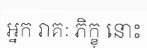
អ្នក រាគៈ ភិក្ខុ នោះ